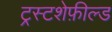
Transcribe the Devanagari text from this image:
ट्रस्टशेफ़ील्ड